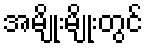
အမျိုးမျိုးတွင်